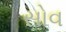
સોવ